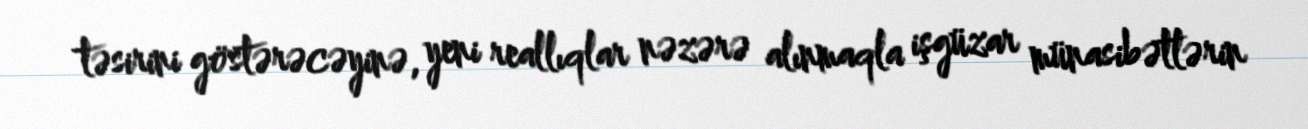
təsirini göstərəcəyinə, yeni reallıqlar nəzərə alınmaqla işgüzar münasibətlərin